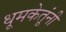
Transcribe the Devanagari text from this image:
धूमकेतूंनी